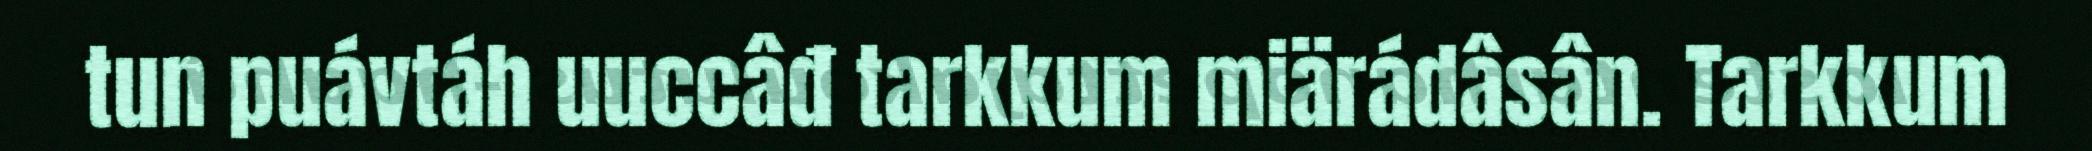
tun puávtáh uuccâđ tarkkum miärádâsân. Tarkkum